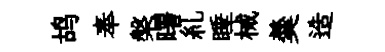
鸪奉槃曙糺睡械羮造